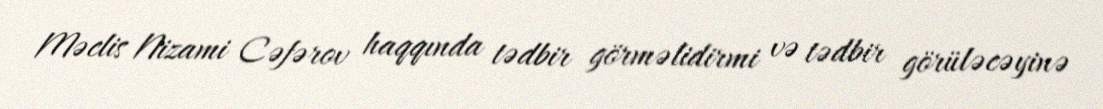
Məclis Nizami Cəfərov haqqında tədbir görməlidirmi və tədbir görüləcəyinə